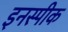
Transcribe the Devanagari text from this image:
इनस्पीक